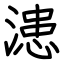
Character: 漶